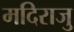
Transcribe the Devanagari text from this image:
मदिराजु